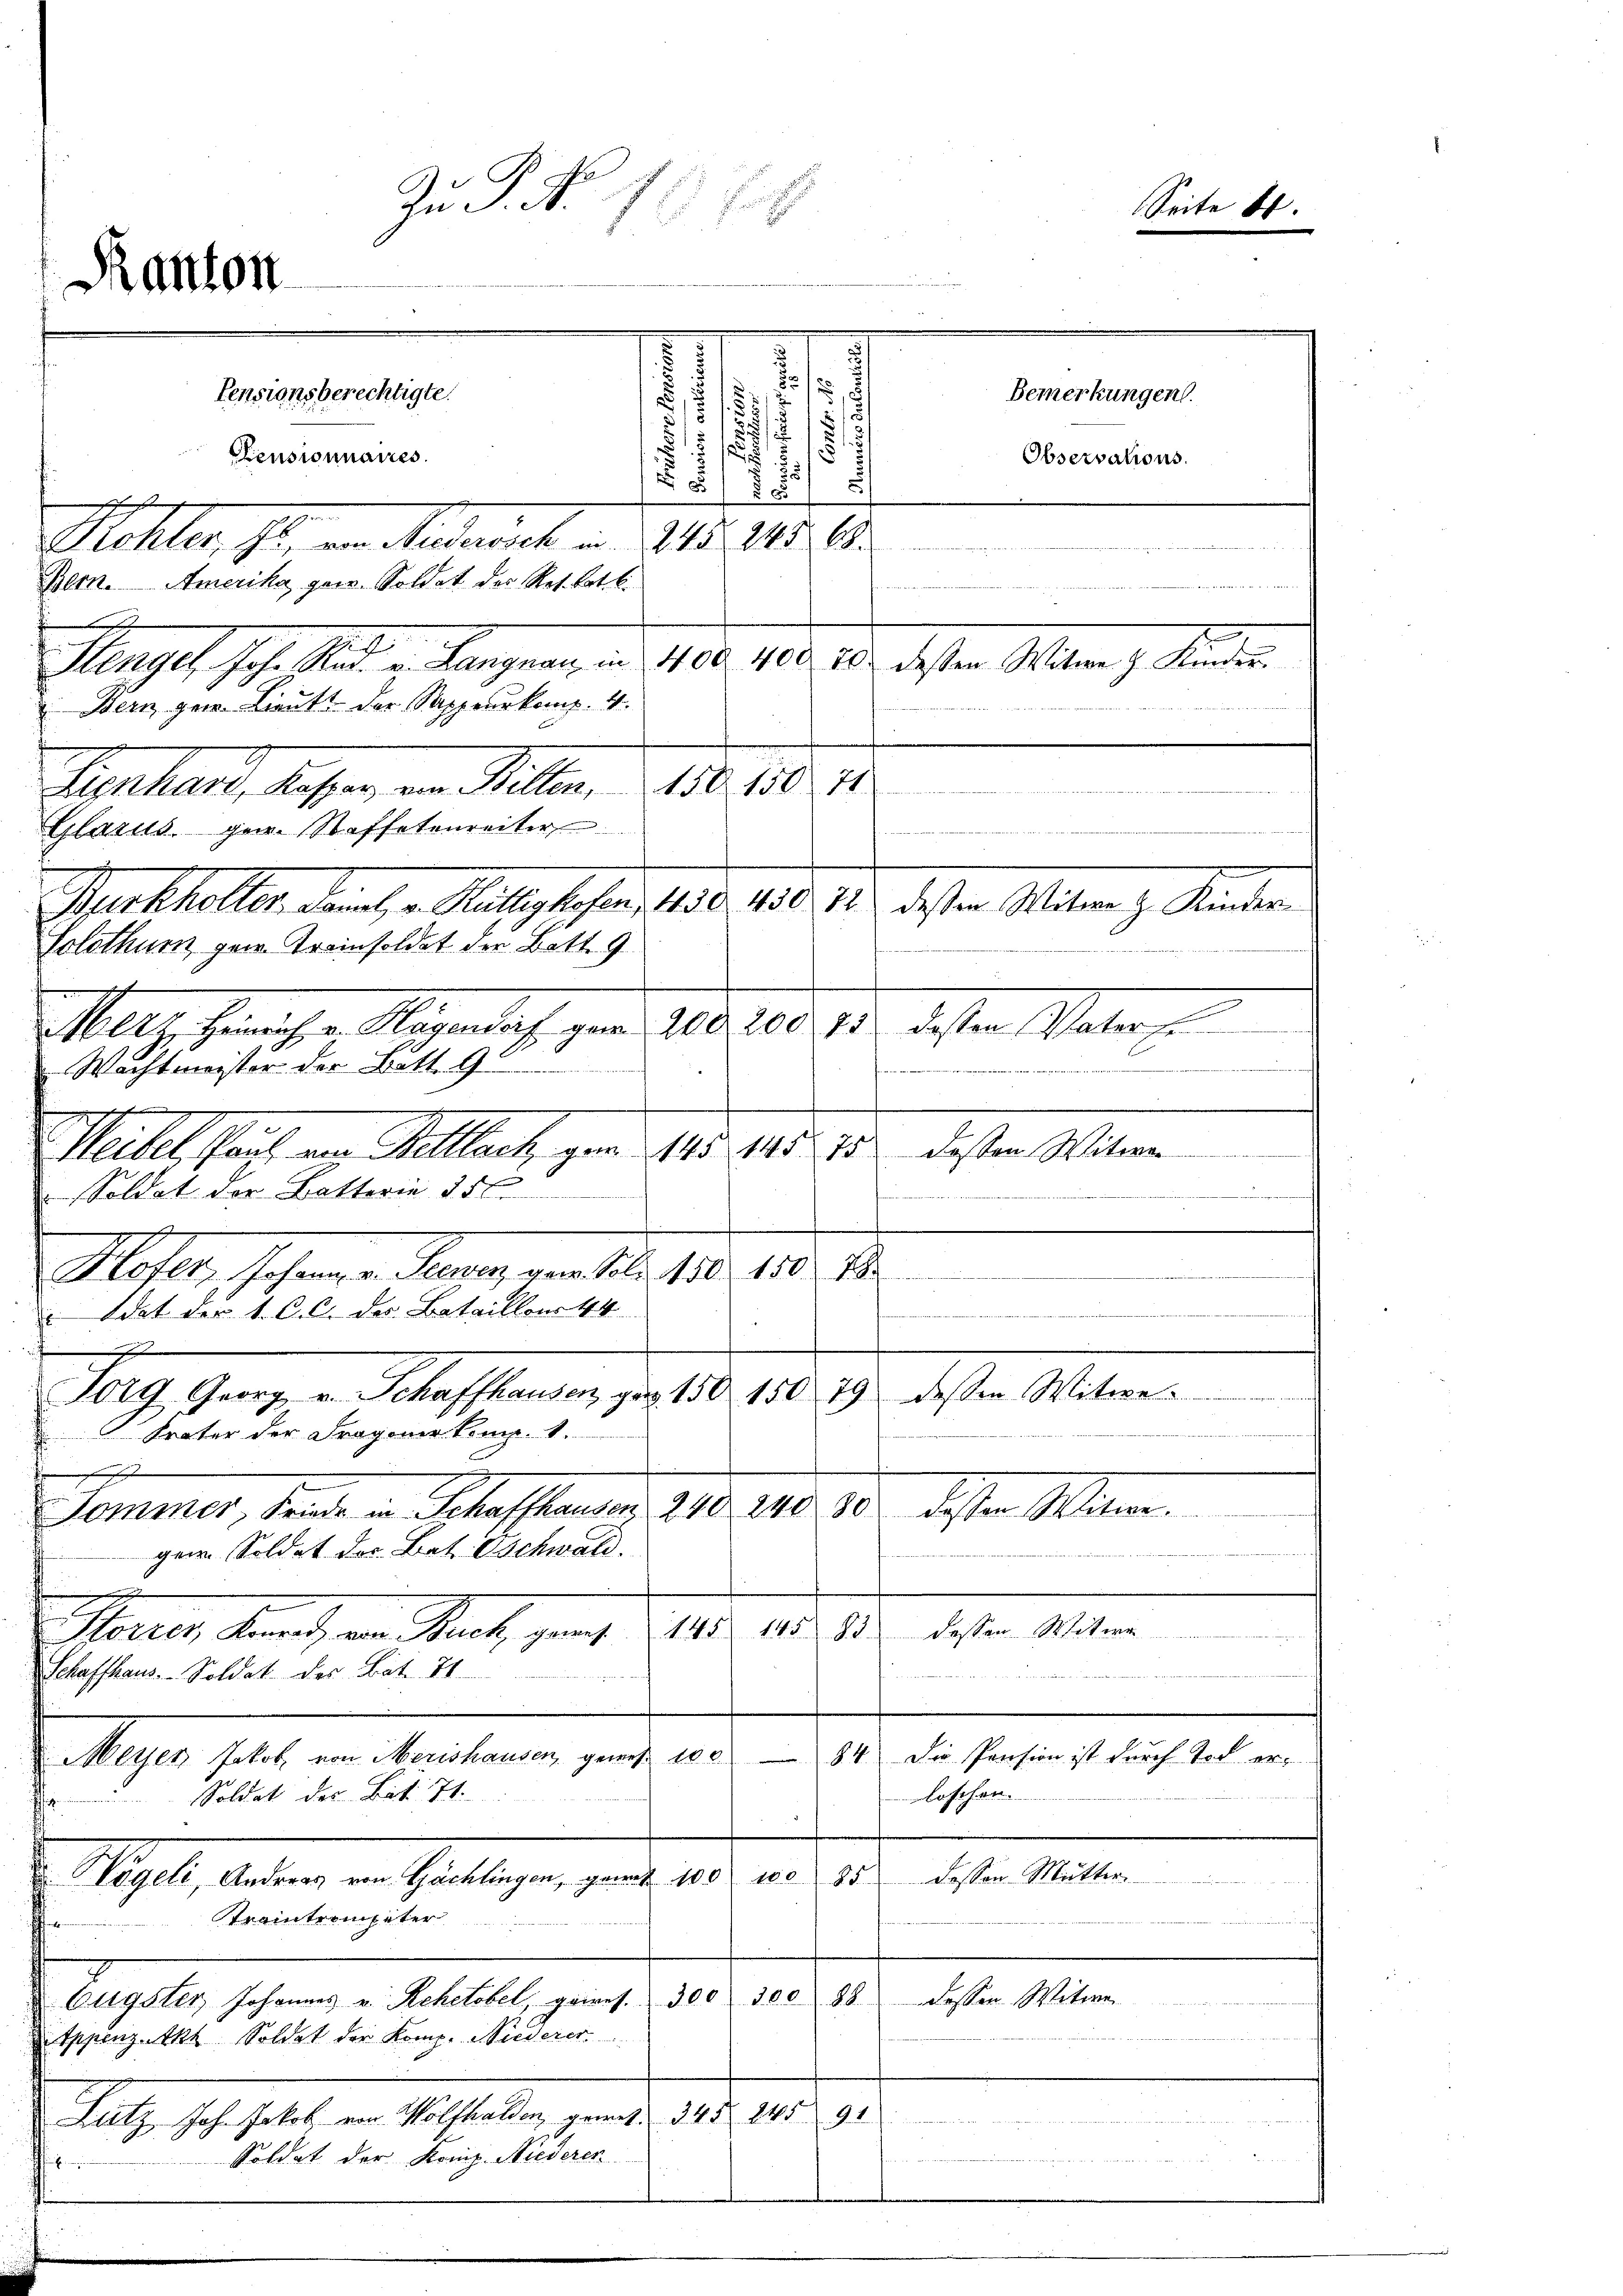
h

Kanton

.
11 s
Pensionnaires.
.
5

8
Richter, Fr. von Niedersch in 245 245 68
e
Bern. Amerika, per. Soldet des Res. Bett.
derten der es mit ein Better ein
i
Manges Joh. Stand u. langen, den 1910. 100. an dessen Selten Kinder
u. Bern ger Lieutt der Sappeurkomp. 4.

Aernhard, dassen an Willen 10. 10. 14.

Glarus ger. Staffetenreiter
1.) desten Mitung Kindern
Austhalter, damit, u. Mitgesehen, 1800. 1910.
Solothurn gern. Trainsoldat der Bott. 9
209200
12. dessen Vater
Mltz Heinriche Wegen das gen
Wachtmeister der Bett. 9.
t
deser Stern
Meebel haut am Kollach, vom 15. 141. 15.
 Soldat der Batterie 356.

Moser, Johann kann, den aber 180. 180. 14.
Idat der 1. C. C. der Bataillon 44
e

t
Frater der Fragener komp. 1.
e
Sommer, Lande in Schaffhausen 240

Zu P. Nr. 13. 68
d
.
1
.
s
.
Pensionsberechtigte.
¬
5

ger. Soldat der Bat. Oschwald.
.
Schaffhaus. Soldat des Bat. 21
Meyen Jakob von Merishausen, gewes 100 84 die Pension ist durch Tod erloschen.
 Soldat der Bat. 71.
dessen Mutter
d Meyer, Walten in Gattigen, gener 185, ad 1.
Traintrompeter
ahr 1890.
Eugster, Johannes u. Rehetobel, gaires. 300. 300 88
Appenz-Akt Soldat der Komp. Wiederer
u
Satz sehr soll, von Polstellen genen 11. 1053. 92
Soldat der König. Niederer
finchen

Torg Georg v. Schaffhausen, pag. 150 150 79 dessen Witwe.
80.
240
dessen Min.
dessen Wittwe
Marrer Kennt, von auch, ganz 211. 118. 1
ee eine kamen unter
rnunf

Seite 6.

Bemerkungen.
Observations.